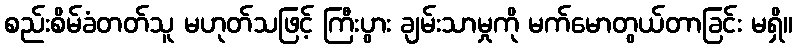
စည်းစိမ်ခံတတ်သူ မဟုတ်သဖြင့် ကြီးပွား ချမ်းသာမှုကို မက်မောတွယ်တာခြင်း မရှိ။